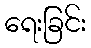
ရေးခြင်း